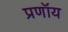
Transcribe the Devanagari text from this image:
प्रणॉय